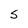
Character: s